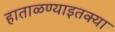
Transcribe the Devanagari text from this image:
हाताळण्याइतक्या